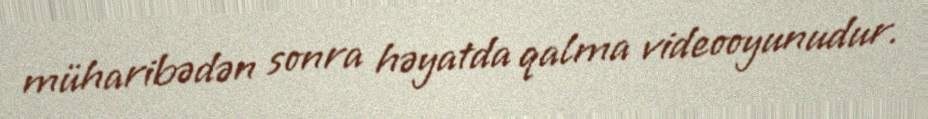
müharibədən sonra həyatda qalma videooyunudur.